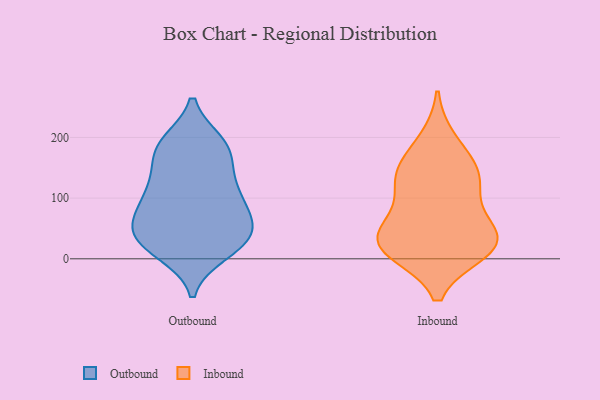
{"axis": {"x": "Waste Production (Tons)", "y": "Value"}, "legend": ["Inbound", "Outbound"], "data": [{"x": "", "y": 45, "type": "Outbound"}, {"x": "", "y": 130, "type": "Outbound"}, {"x": "", "y": 107, "type": "Outbound"}, {"x": "", "y": 191, "type": "Outbound"}, {"x": "", "y": 82, "type": "Outbound"}, {"x": "", "y": 179, "type": "Outbound"}, {"x": "", "y": 80, "type": "Outbound"}, {"x": "", "y": 24, "type": "Outbound"}, {"x": "", "y": 65, "type": "Outbound"}, {"x": "", "y": 14, "type": "Outbound"}, {"x": "", "y": 30, "type": "Outbound"}, {"x": "", "y": 38, "type": "Outbound"}, {"x": "", "y": 66, "type": "Outbound"}, {"x": "", "y": 119, "type": "Outbound"}, {"x": "", "y": 185, "type": "Outbound"}, {"x": "", "y": 168, "type": "Outbound"}, {"x": "", "y": 42, "type": "Outbound"}, {"x": "", "y": 190, "type": "Outbound"}, {"x": "", "y": 118, "type": "Outbound"}, {"x": "", "y": 10, "type": "Outbound"}, {"x": "", "y": 22, "type": "Inbound"}, {"x": "", "y": 13, "type": "Inbound"}, {"x": "", "y": 115, "type": "Inbound"}, {"x": "", "y": 133, "type": "Inbound"}, {"x": "", "y": 140, "type": "Inbound"}, {"x": "", "y": 27, "type": "Inbound"}, {"x": "", "y": 151, "type": "Inbound"}, {"x": "", "y": 71, "type": "Inbound"}, {"x": "", "y": 33, "type": "Inbound"}, {"x": "", "y": 194, "type": "Inbound"}, {"x": "", "y": 40, "type": "Inbound"}, {"x": "", "y": 18, "type": "Inbound"}]}